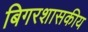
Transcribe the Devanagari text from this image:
बिगरशासकीय